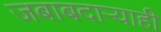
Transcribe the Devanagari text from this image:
जबाबदाऱ्याही